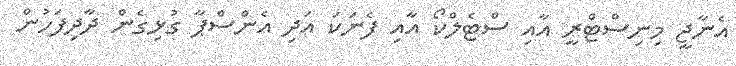
އެނާޖީ މިނިސްޓްރީ އާއި ސްޓެލްކޯ އާއި ފެނަކަ އަދި އެންސްޕާ ގުޅިގެން ދާދިފަހުން